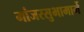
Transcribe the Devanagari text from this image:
मांजरसुभामार्गे